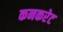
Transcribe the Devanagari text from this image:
कनकरेट